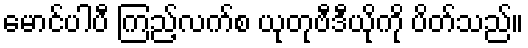
မောင်ပါပီ ကြည့်လက်စ ယုတုဗီဒီယိုကို ပိတ်သည်။